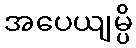
အပေယျမ္ပိ